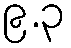
၉.၃